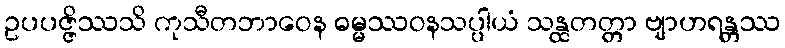
ဥပပဇ္ဇိဿသိ ကုသီတဘာဝေန ဓမ္မဿဝနသပ္ပါယံ သန္ထတတ္တာ ဗျာဟရန္တဿ